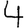
Digit: 4